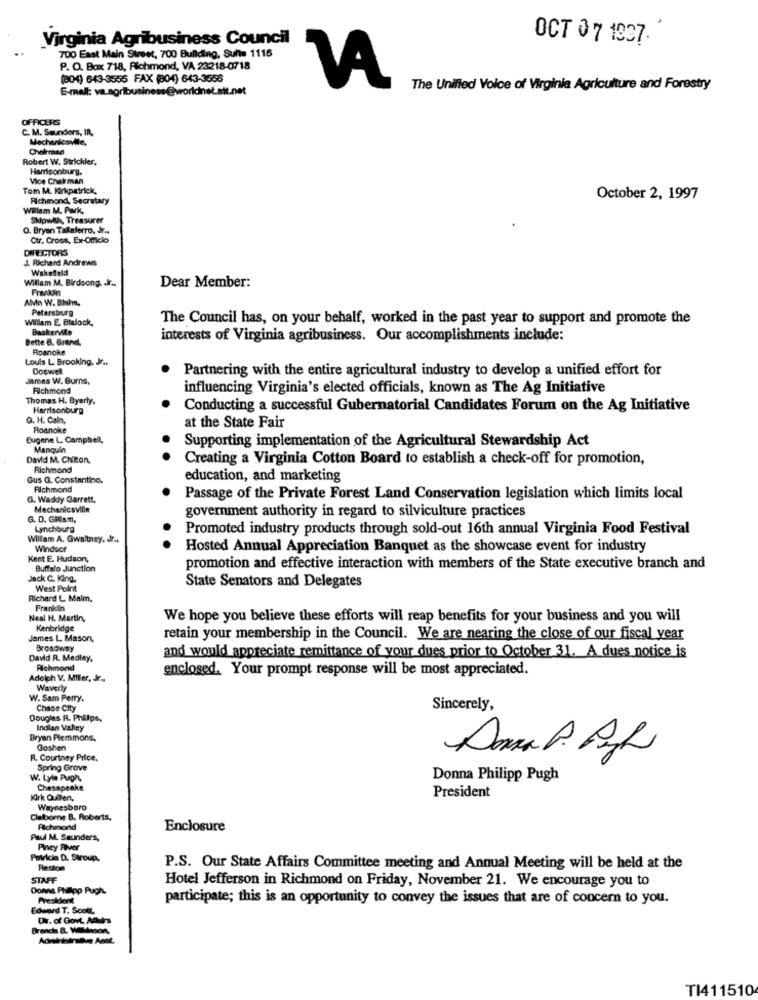
Virginia Agribusiness Council
OCT 07 1937.
700 East Main Street, 700 Building, Suite 1116
P. O. Box 718, Richmond, VA 23218-0718
(804) 643-3555 FAX (804) 643-3558
E-mail: va.agribusiness@worldnet.att.net
The Unified Voice of Virginia Agriculture and Forestry
OFFICERS
C. M. Saunders, In,
Mechanicsville,
Chairman
Robert W. Strickler.
Harrisonburg.
Vice Chairman
Tom M. Kirkpatrick,
Richmond, Secretary
October 2, 1997
Willam M. Pak,
Skipwill, Treasurer
O. Bryan Takaferro, Jr.
Ctr. Cross, Ex-Omelo
DIRECTORS
J. Richard Andrews
Wakefield
Willam M. Birdsong. Kr ..
Frankun
Dear Member:
AMn W. Bishin,
Petersburg
William E. Blalock,
The Council has, on your behalf, worked in the past year to support and promote the
Baskervite
Dette B. Brand,
interests of Virginia agribusiness. Our accomplishments include:
Roanoke
Louls L Brooking, Jr .,
Doswell
Partnering with the entire agricultural industry to develop a unified effort for
James W. Burns,
Richmond
influencing Virginia's elected officials, known as The Ag Initiative
Thomas H. Byerly.
Harrisonburg
Conducting a successful Gubernatorial Candidates Forum on the Ag Initiative
G. H. Caln,
Roanoke
at the State Fair
Eugene L. Campbell,
Supporting implementation of the Agricultural Stewardship Act
Manquin
David M. Chilton,
Creating a Virginia Cotton Board to establish a check-off for promotion,
Richmond
Gus G. Constantino,
education, and marketing
Richmond
G. Waddy Garrett,
Passage of the Private Forest Land Conservation legislation which limits local
Mechanicsville
government authority in regard to silviculture practices
G. D. GRism,
Lynchburg
Promoted industry products through sold-out 16th annual Virginia Food Festival
Willam A. Gwaltney. dr ..
Windsor
Hosted Annual Appreciation Banquet as the showcase event for industry
Kent E. Hudson,
Buffalo Junction
promotion and effective interaction with members of the State executive branch and
Jack C. King.
West Point
State Senators and Delegates
Richard L. Malm,
Frankin
Neal H. Martin,
We hope you believe these efforts will reap benefits for your business and you will
Kenbridge
James L. Mason,
retain your membership in the Council. We are nearing the close of our fiscal year
Broadway
David R. Medley.
and would appreciate remittance of your dues prior to October 31. A dues notice is
Richmond
enclosed. Your prompt response will be most appreciated.
Adolph V. Miller, Jr ..
Waverly
W. Sam Perry.
Chase City
Sincerely,
Douglas R. Phillips,
Indian Valley
Bryan Plemmons,
Goshen
R. Courtney Price.
Spring Grove
W. Lyle Pugh,
Donna Philipp Pugh
Chesapeake
President
Kirk Quilen,
Waynesboro
Claiborne B. Roberts,
Alchmond
Enclosure
Paul M. Saunders,
Pincy Rivor
Patricia D. Stroup,
Reston
P.S. Our State Affairs Committee meeting and Annual Meeting will be held at the
STAFF
Hotel Jefferson in Richmond on Friday, November 21. We encourage you to
Donne Philipp Pugh.
President
participate; this is an opportunity to convey the issues that are of concern to you.
Edward T. Scott,
Dr. of Govt Adairs
Brench & Willisoont,
TI411510